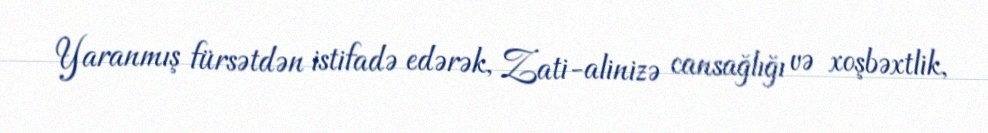
Yaranmış fürsətdən istifadə edərək, Zati-alinizə cansağlığı və xoşbəxtlik,